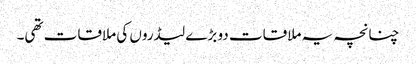
چنانچہ یہ ملاقات دو بڑے لیڈروں کی ملاقات تھی۔